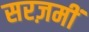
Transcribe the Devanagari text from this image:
सरज़मीं